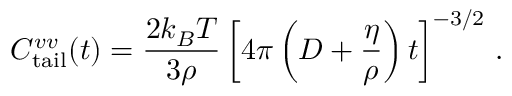
C _ { \mathrm { t a i l } } ^ { v v } ( t ) = \frac { 2 k _ { B } T } { 3 \rho } \left[ 4 \pi \left( D + \frac { \eta } { \rho } \right) t \right] ^ { - 3 / 2 } \, .